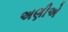
અણીએ